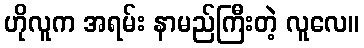
ဟိုလူက အရမ်း နာမည်ကြီးတဲ့ လူလေ။